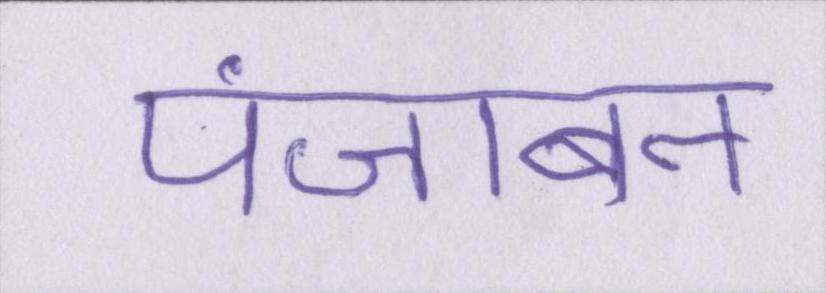
पंजाबन